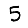
Digit: 5